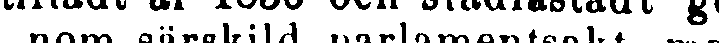
nom särskild parlamentsakt, med